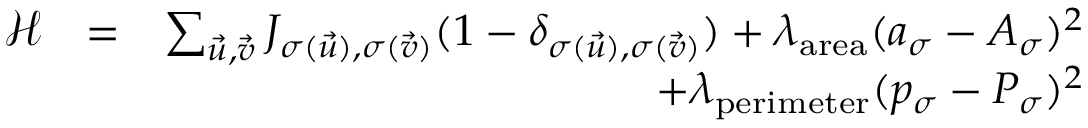
\begin{array} { r l r } { \mathcal { H } } & { = } & { \sum _ { \vec { u } , \vec { v } } J _ { \sigma ( \vec { u } ) , \sigma ( \vec { v } ) } ( 1 - \delta _ { \sigma ( \vec { u } ) , \sigma ( \vec { v } ) } ) + \lambda _ { \mathrm { a r e a } } ( a _ { \sigma } - A _ { \sigma } ) ^ { 2 } } \\ & { } & { + \lambda _ { \mathrm { p e r i m e t e r } } ( p _ { \sigma } - P _ { \sigma } ) ^ { 2 } } \end{array}